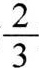
水的 $$\frac{2}{3}$$ 正好等于( )千克。